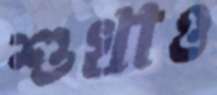
শুখাও